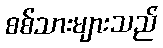
စစ်သားများသည်